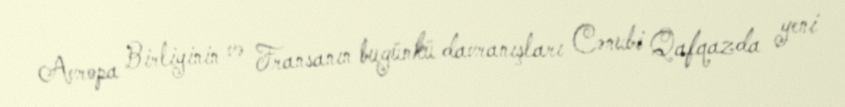
Avropa Birliyinin və Fransanın bugünkü davranışları Cənubi Qafqazda yeni